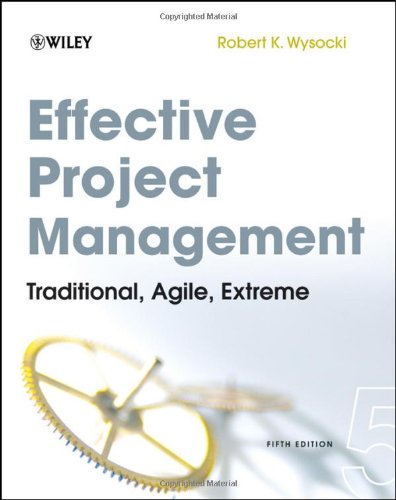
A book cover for Effective Project Management: Traditional, Agile, Extreme; Robert K. Wysocki; Computers & Technology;